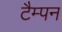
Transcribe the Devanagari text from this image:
टैम्पन